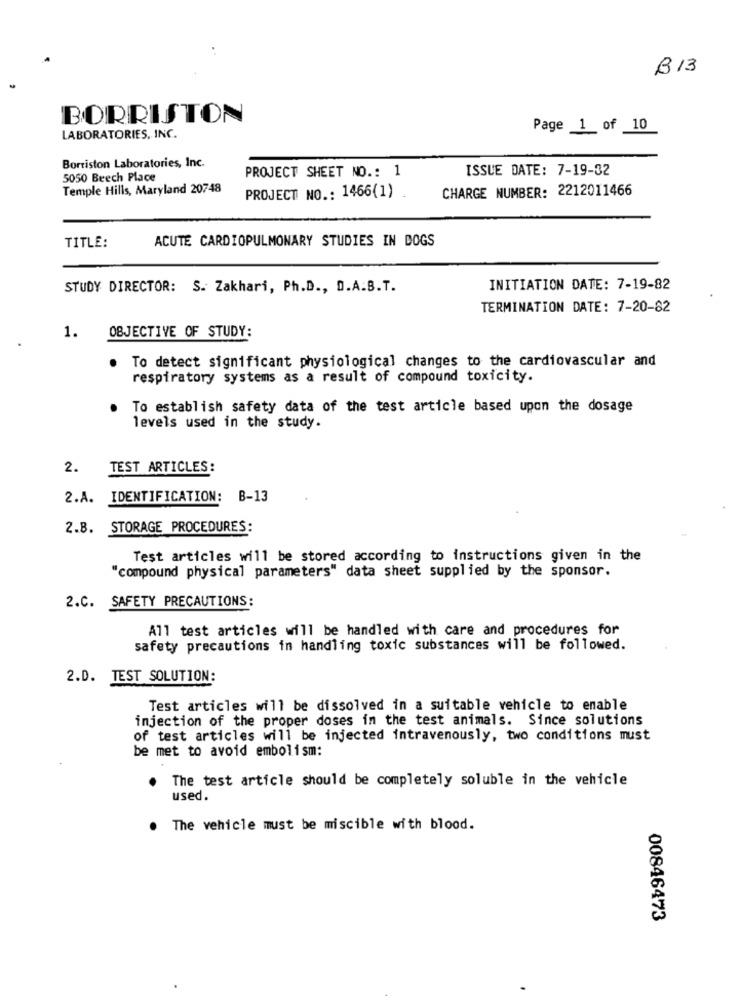
B 13
BORRISTON
Page 1 of 10
LABORATORIES, INC.
Borriston Laboratories, Inc.
PROJECT SHEET NO .: 1
ISSUE DATE: 7-19-32
5050 Beech Place
Temple Hills, Maryland 20748
CHARGE NUMBER: 2212011466
PROJECT NO .: 1466(1) .
TITLE:
ACUTE CARDIOPULMONARY STUDIES IN DOGS
STUDY DIRECTOR: S. Zakhari, Ph.D ., D.A.B.T.
INITIATION DATE: 7-19-82
TERMINATION DATE: 7-20-82
1.
OBJECTIVE OF STUDY:
To detect significant physiological changes to the cardiovascular and
respiratory systems as a result of compound toxicity.
To establish safety data of the test article based upon the dosage
levels used in the study.
2.
TEST ARTICLES:
2.A. IDENTIFICATION: B-13
2.B. STORAGE PROCEDURES:
Test articles will be stored according to instructions given in the
"compound physical parameters" data sheet supplied by the sponsor.
2.C. SAFETY PRECAUTIONS:
All test articles will be handled with care and procedures for
safety precautions in handling toxic substances will be followed.
2.D. TEST SOLUTION:
Test articles will be dissolved in a suitable vehicle to enable
injection of the proper doses in the test animals. Since solutions
of test articles will be injected intravenously, two conditions must
be met to avoid embolism:
The test article should be completely soluble in the vehicle
used.
The vehicle must be miscible with blood.
00846473